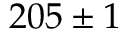
2 0 5 \pm 1